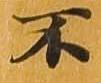
不